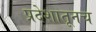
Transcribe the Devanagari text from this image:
प्रदेशातूनच